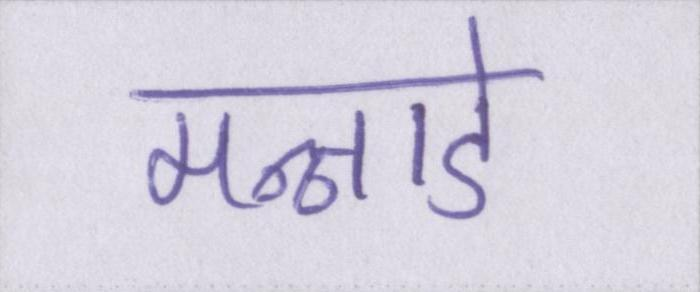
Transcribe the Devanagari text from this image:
मन्नाडे